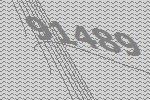
91489